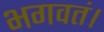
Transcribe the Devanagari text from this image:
भगवतं।